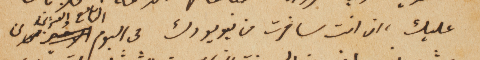
عليك، ان انت سافرت من نيويورك من اليوم التاسع والعشرين من